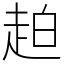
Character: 䞟